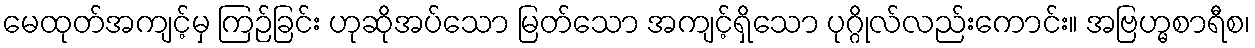
မေထုတ်အကျင့်မှ ကြဉ်ခြင်း ဟုဆိုအပ်သော မြတ်သော အကျင့်ရှိသော ပုဂ္ဂိုလ်လည်းကောင်း။ အဗြဟ္မစာရီစ၊